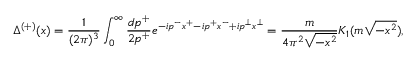
\Delta ^ { ( + ) } ( x ) = \frac { 1 } { ( 2 \pi ) ^ { 3 } } \int _ { 0 } ^ { \infty } \frac { d p ^ { + } } { 2 p ^ { + } } e ^ { - i p ^ { - } x ^ { + } - i p ^ { + } x ^ { - } + i p ^ { \bot } x ^ { \bot } } = \frac { m } { 4 \pi ^ { 2 } \sqrt { - x ^ { 2 } } } K _ { 1 } ( m \sqrt { - x ^ { 2 } } ) ,